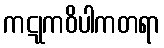
ကဋုကဝိပါကတရာ